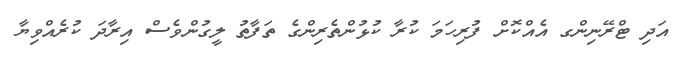
އަދި ޓްރޭނިންގ އެއްކޮށް ފުރިހަމަ ކުރާ ކުޅުންތެރިންގެ ތަފާތު ލީގުންވެސް އިރާދަ ކުރެއްވިޔާ